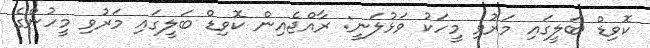
ކޮވިޑް ބަލީގައި މަރުވި މީހަކު ވަޅުލަނީ: ރާއްޖެއިން ކޮޮވިޑް ބަލީގައި މަރުވި މީހުންގެ